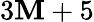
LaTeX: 3\mathbf{M}+5